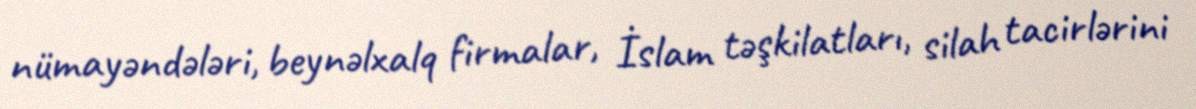
nümayəndələri, beynəlxalq firmalar, İslam təşkilatları, silah tacirlərini